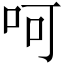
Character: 呵